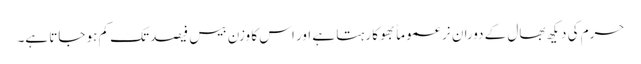
حرم کی دیکھ بھال کے دوران نر عموماً بھوکا رہتا ہے اور اس کا وزن بیس فیصد تک کم ہو جاتا ہے۔